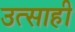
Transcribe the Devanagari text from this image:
उत्‍साही